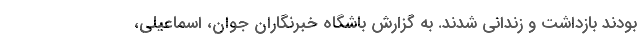
بودند بازداشت و زندانی شدند. به گزارش باشگاه خبرنگاران جوان، اسماعیلی،